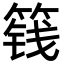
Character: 篯